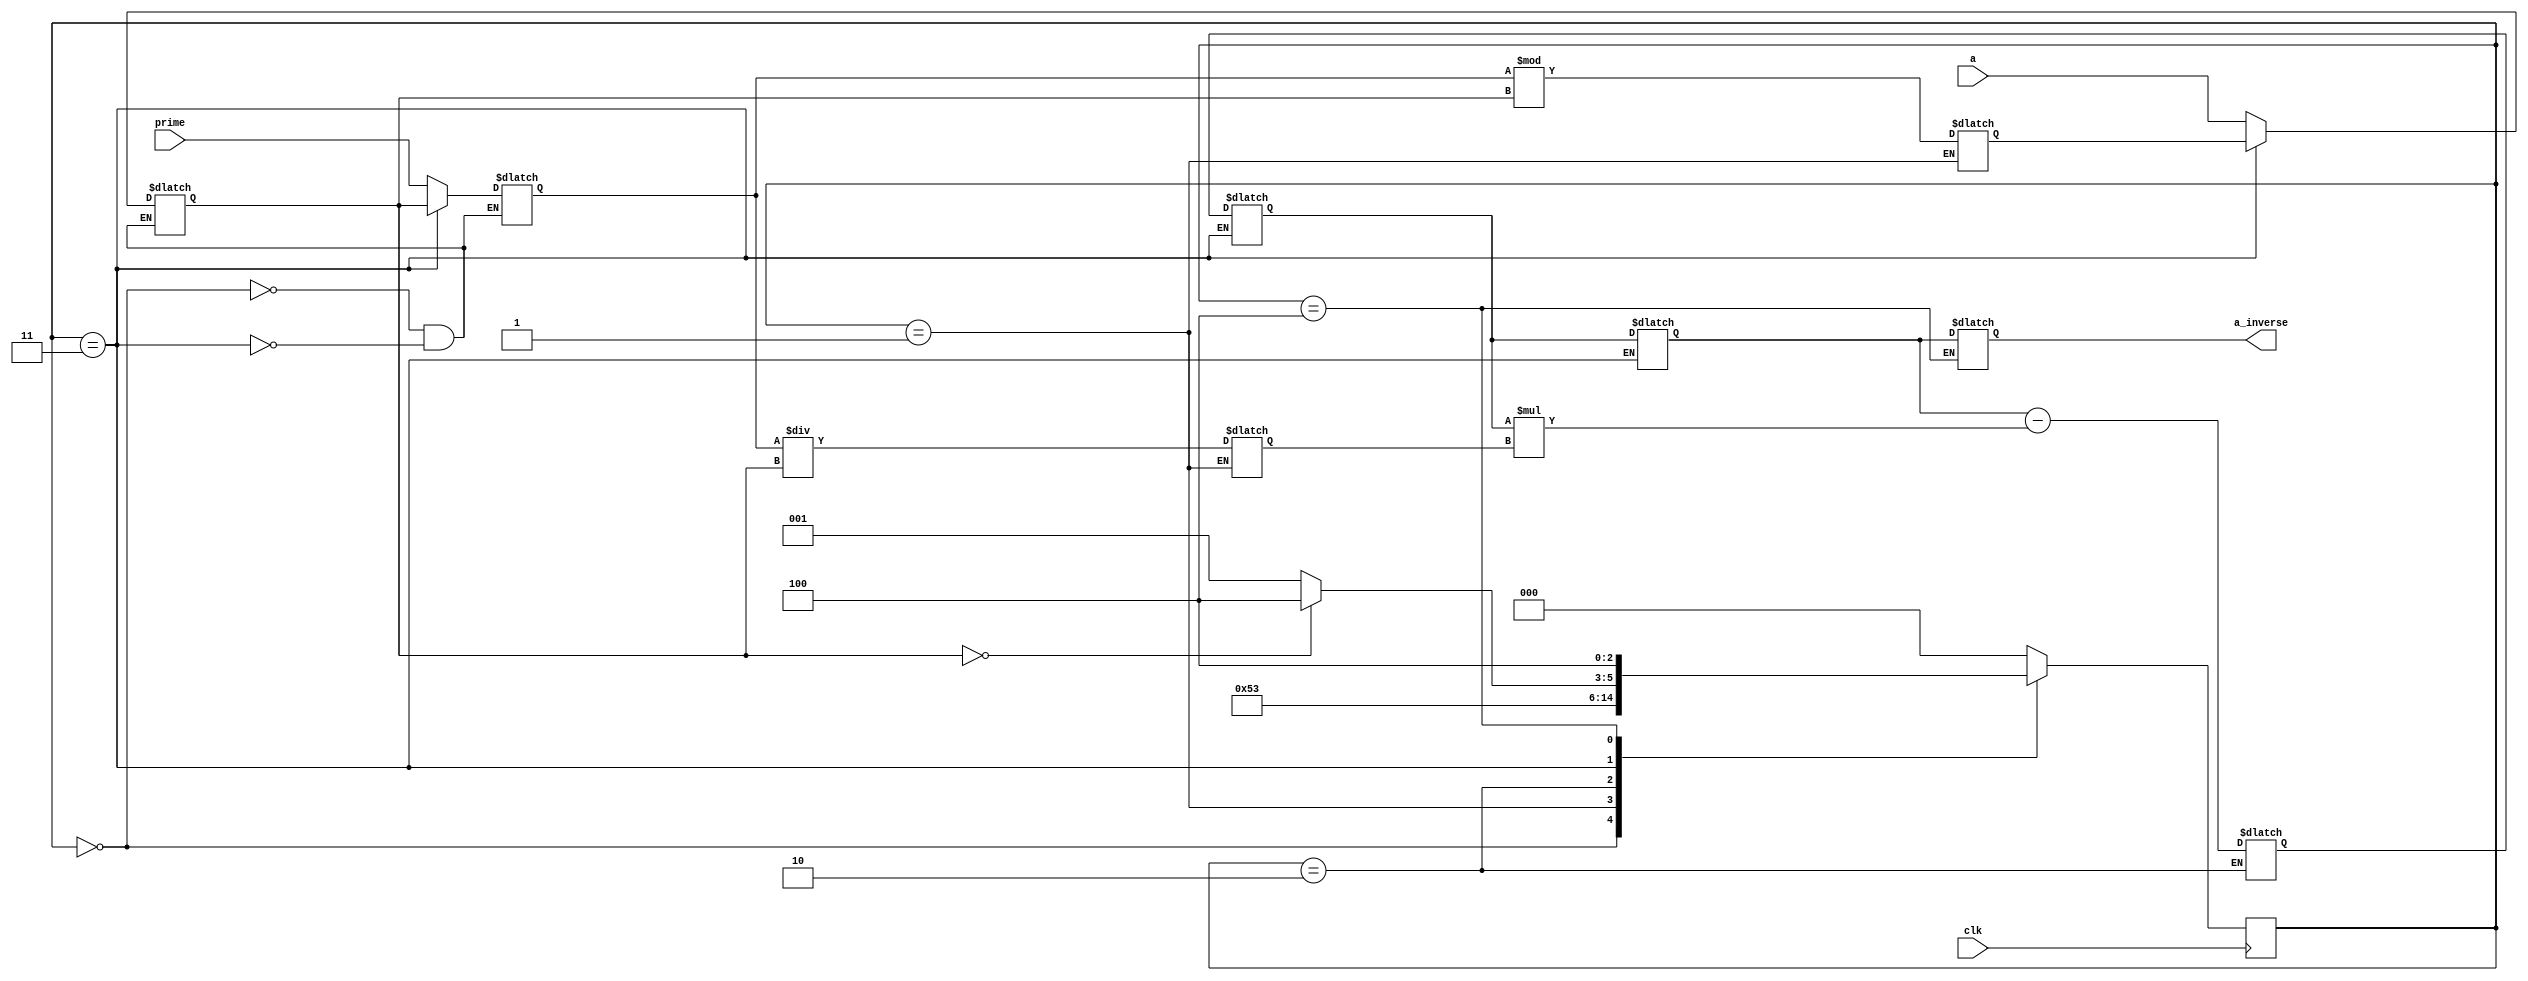
`timescale 1ps/1ps

module extended_euclidean (
    a_inverse, prime, a, clk
);
    output [7:0] a_inverse;
    input[7:0] prime, a;
    input clk;

    reg[7:0] A, B, quotient, remainder, T, result;
    reg[7:0] T1=8'b00000000;
    reg[7:0] T2=8'b00000001;

    // Set of all states of FSM
    reg [2:0] state;
    parameter load = 0;
    parameter compute_QR = 1;
    parameter compute_T = 2;
    parameter shift = 3;
    parameter complete = 4;


    assign a_inverse = result;



    // State transition of FSM
    always @(posedge clk ) begin 
        case(state)
            load: state <= compute_QR;
            compute_QR: state <= compute_T;
            compute_T: state <= shift;
            
            shift: 
                begin 
                    if (A == 0) 
                        state <= complete;
                    else
                        state <= compute_QR;
                end
            
            complete: state <= complete;
            default: state <= load;
        endcase
    end



    // State operations of FSM
    always @(state) begin 
        case(state)
            load:
                begin 
                    B = prime;
                    A = a;
                end

            compute_QR: 
                begin 
                    quotient = B / A;
                    remainder = B % A;
                end
            
            compute_T: T = T1-(T2*quotient); 
            
            shift: 
                begin 
                    B = A;
                    A = remainder;
                    T1 = T2;
                    T2 = T;
                end
            
            complete: result = T1;
        endcase
    end
    
endmodule